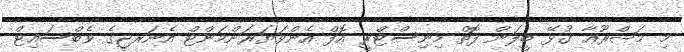
މި މަޝްރޫޢާ ގުޅޭ ބީލަން ފޮތް މިނިސްޓްރީ އޮފް އެންވަޔަރަންމަންޓް އެނަރޖީގެ ވެބްސައިޓް